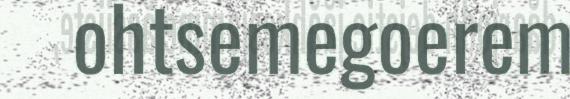
ohtsemegoerem